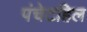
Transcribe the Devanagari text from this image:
पंचेटहिल